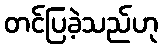
တင်ပြခဲ့သည်ဟု